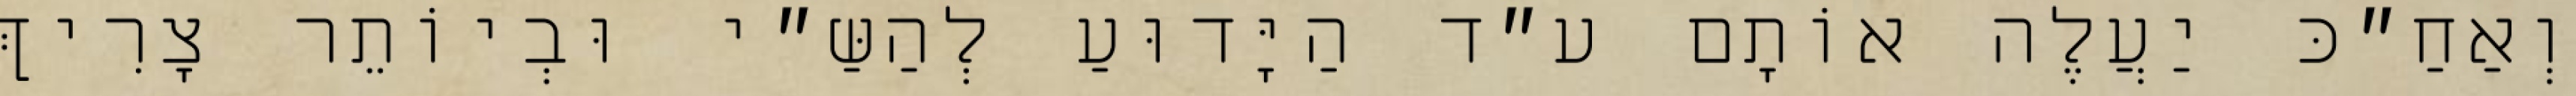
וְאַחַ״כּ יַעֲלֶה אוֹתָם ע״ד הַיָּדוּעַ לְהַשַּ״י וּבְיוֹתֵר צָרִיךְ